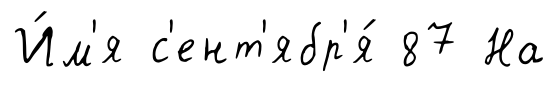
И́м'я с'ент'ябр'я́ 87 На